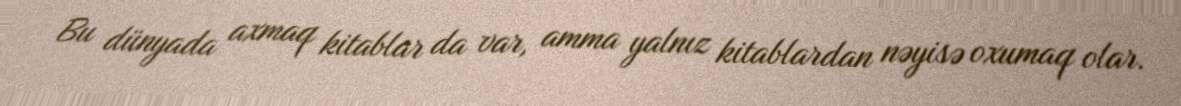
Bu dünyada axmaq kitablar da var, amma yalnız kitablardan nəyisə oxumaq olar.